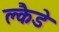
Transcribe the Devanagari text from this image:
क्लैडे